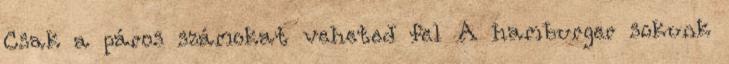
Csak a páros számokat veheted fel A hamburger sokunk